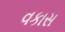
વકાસ